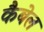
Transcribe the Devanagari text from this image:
कैबेल